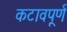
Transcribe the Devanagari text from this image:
कटावपूर्ण